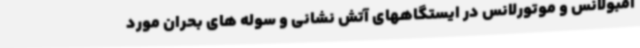
آمبولانس و موتورلانس در ایستگاههای آتش نشانی و سوله های بحران مورد